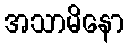
အသာမိနော